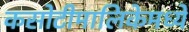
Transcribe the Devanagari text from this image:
कसोटीमालिकेमध्ये